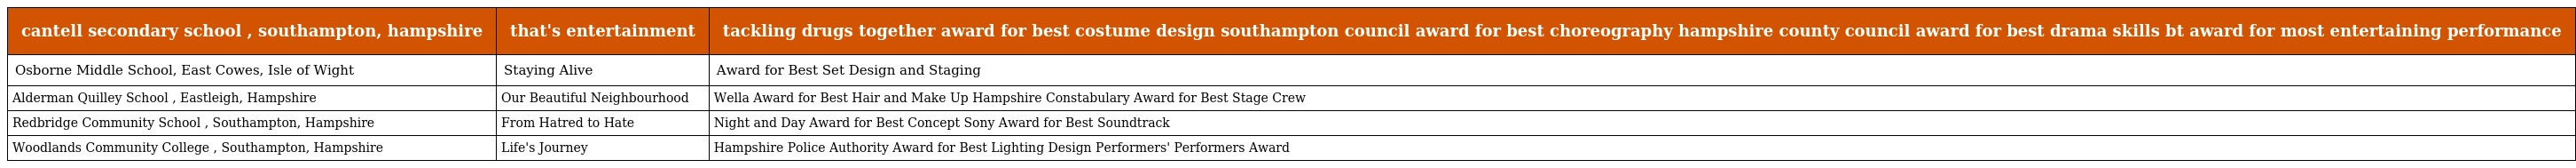
| cantell secondary school , southampton, hampshire | that's entertainment | tackling drugs together award for best costume design southampton council award for best choreography hampshire county council award for best drama skills bt award for most entertaining performance |
 | --- | --- | --- |
 | Osborne Middle School, East Cowes, Isle of Wight | Staying Alive | Award for Best Set Design and Staging |
 | Alderman Quilley School , Eastleigh, Hampshire | Our Beautiful Neighbourhood | Wella Award for Best Hair and Make Up Hampshire Constabulary Award for Best Stage Crew |
 | Redbridge Community School , Southampton, Hampshire | From Hatred to Hate | Night and Day Award for Best Concept Sony Award for Best Soundtrack |
 | Woodlands Community College , Southampton, Hampshire | Life's Journey | Hampshire Police Authority Award for Best Lighting Design Performers' Performers Award |